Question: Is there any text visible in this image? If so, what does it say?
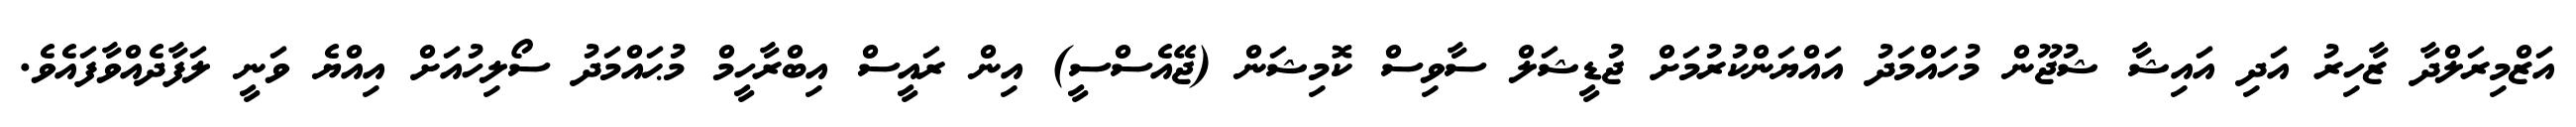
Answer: އަޒްމިރަލްދާ ޒާހިރު އަދި އައިޝާ ޝުޖޫން މުހައްމަދު އައްޔަންކުރުމަށް ޖުޑީޝަލް ސާވިސް ކޮމިޝަން (ޖޭއެސްސީ) އިން ރައީސް އިބްރާހީމް މުޙައްމަދު ސޯލިހުއަށް އިއްޔެ ވަނީ ލަފާދެއްވާފައެވެ.